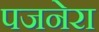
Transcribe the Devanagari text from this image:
पजनेरा